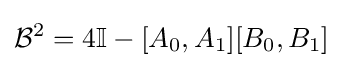
{\mathcal {B}}^{2}=4\mathbb {I} -[A_{0},A_{1}][B_{0},B_{1}]